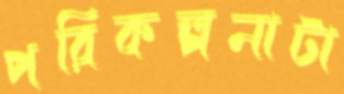
পরিকল্পনাটা